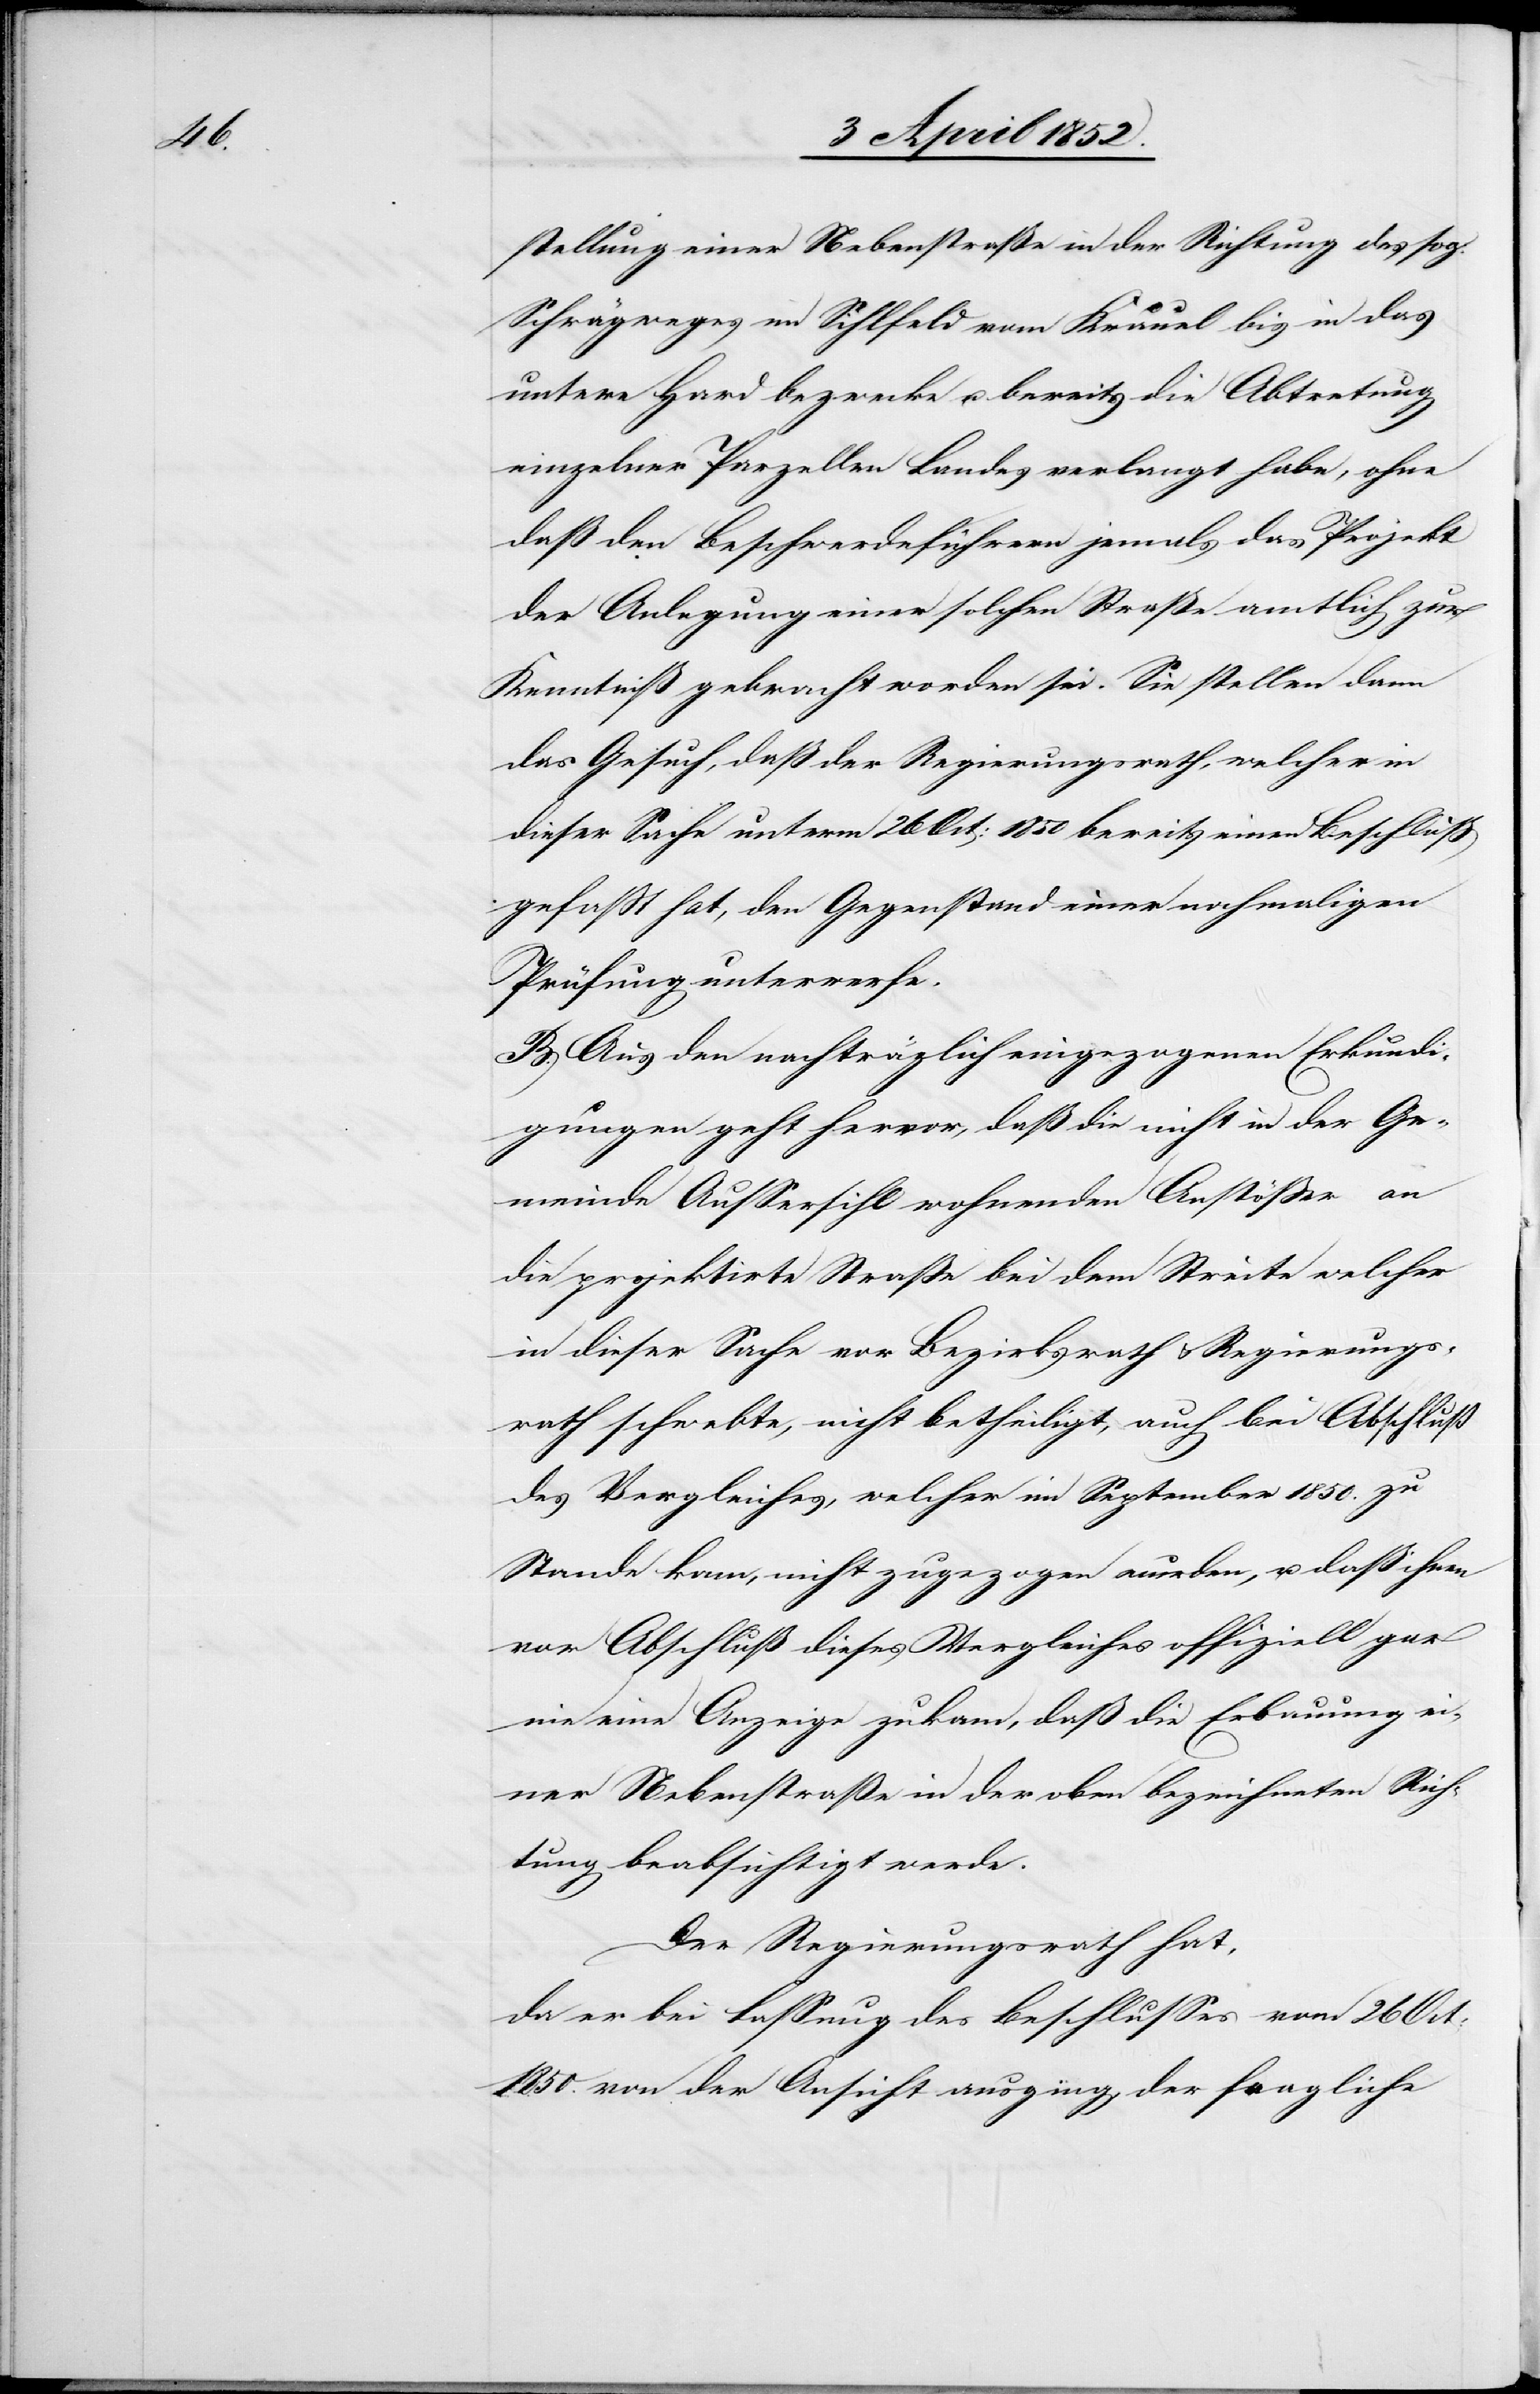
stellung einer Nebenstraße in der Richtung des sog.
Schrägweges im Sihlfeld vom Kräuel bis in das
untere Hard bezwecke u. bereits die Abtretung
einzelner Parzellen Landes verlangt habe, ohne
daß den Beschwerdeführern jemals das Projekt
der Anlegung einer solchen Straße amtlich zur
Kenntniß gebracht worden sei. Sie stellen dann
das Gesuch, daß der Regierungsrath, welcher in
dieser Sache unterm 26 Oct: 1850 bereits einen Beschluß
gefasst hat, den Gegenstand einer nochmaligen
Prüfung unterwerfe.
B. Aus den nachträglich eingezogenen Erkundi¬
gungen geht hervor, daß die nicht in der Ge¬
meinde Aussersihl wohnenden Anstösser an
die projektirte Strasse bei dem Streite welcher
in dieser Sache vor Bezirksrath & Regierungs¬
rath schwebte, nicht betheiligt, auch bei Abschluß
des Vergleiches, welcher im September 1850. zu
Stande kam, nicht zugezogen wurden, u. daß ihnen
vor Abschluß dieses Vergleiches offiziell gar
nie eine Anzeige zukam, daß die Erbauung ei¬
ner Nebenstraße in der oben bezeichneten Rich¬
tung beabsichtigt werde.
Der Regierungsrath hat,
da er bei Fassung des Beschlusses vom 26 Oct:
1850. von der Ansicht ausging, der fragliche